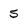
Character: 5